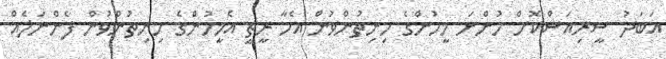
އަބަދު ސީރިއަސްކޮށް ހުންނަ މީހުންގެ ހިނިތުންވުން އެހާ ރީތީ އެމީހުންގެ ހިނިތުންވުން ފެންނަލެއް